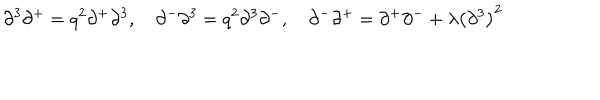
LaTeX: \partial ^ { 3 } \partial ^ { + } = q ^ { 2 } \partial ^ { + } \partial ^ { 3 } , \quad \partial ^ { - } \partial ^ { 3 } = q ^ { 2 } \partial ^ { 3 } \partial ^ { - } , \quad \partial ^ { - } \partial ^ { + } = \partial ^ { + } \partial ^ { - } + \lambda \left( \partial ^ { 3 } \right) ^ { 2 }